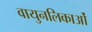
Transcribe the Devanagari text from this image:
वायुनलिकाओं